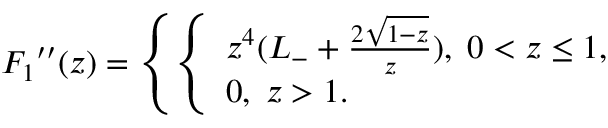
{ F _ { 1 } } ^ { \prime \prime } ( z ) = \left\{ \left\{ \begin{array} { l l } { { z ^ { 4 } ( L _ { - } + { \frac { 2 \sqrt { 1 - z } } { z } } ) , \; 0 < z \le 1 , } } \\ { { 0 , \; z > 1 . } } \end{array} \right. \right.